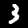
Digit: 3